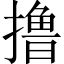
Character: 撸